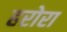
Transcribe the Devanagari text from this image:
हरोरा